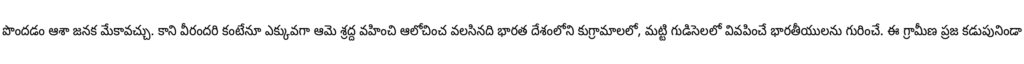
పొందడం ఆశా జనక మేకావచ్చు. కాని వీరందరి కంటేనూ ఎక్కువగా ఆమె శ్రద్ద వహించి ఆలోచించ వలసినది భారత దేశంలోని కుగ్రామాలలో, మట్టి గుడిసెలలో వివపించే భారతీయులను గురించే. ఈ గ్రామీణ ప్రజ కడుపునిండా